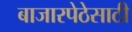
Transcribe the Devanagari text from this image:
बाजारपेठेसाठी